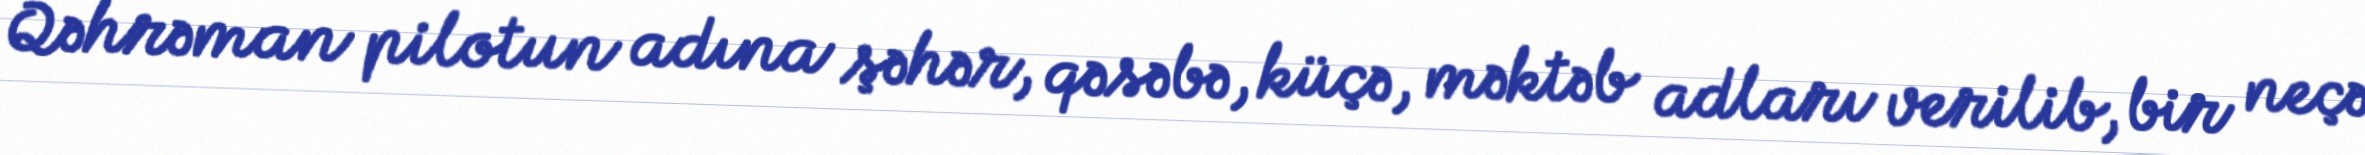
Qəhrəman pilotun adına şəhər, qəsəbə, küçə, məktəb adları verilib, bir neçə